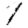
Digit: 1